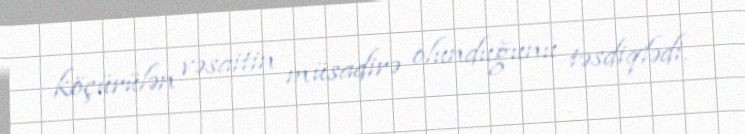
köçürülən vəsaitin müsadirə olunduğunu təsdiqlədi.